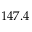
1 4 7 . 4